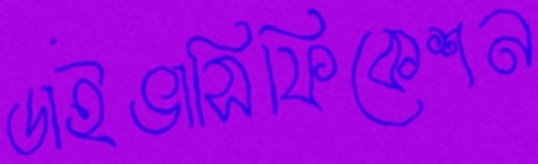
ডাইভাসিফিকেশন